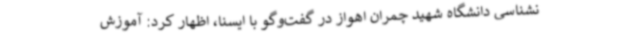
نشناسی دانشگاه شهید چمران اهواز در گفت‌وگو با ایسنا، اظهار کرد: آموزش